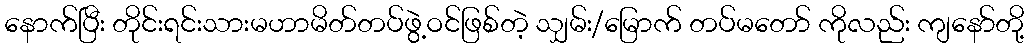
နောက်ပြီး တိုင်းရင်းသားမဟာမိတ်တပ်ဖွဲ့ဝင်ဖြစ်တဲ့ သျှမ်း/မြောက် တပ်မတော် ကိုလည်း ကျနော်တို့